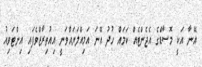
އޭނާ އަކީ މޮސާޑްގެ އެޖެންޓެއް ކަމައް ހުދު އޭނަ އަމިއްލަޔައްވަނީ އިއުތިރާޒްވެފައި އިންޓަވިއު